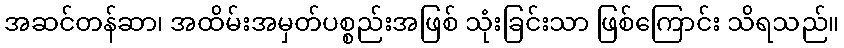
အဆင်တန်ဆာ၊ အထိမ်းအမှတ်ပစ္စည်းအဖြစ် သုံးခြင်းသာ ဖြစ်ကြောင်း သိရသည်။